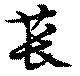
萇